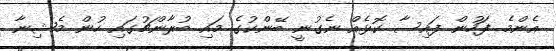
އެންމެ ފަހުން ފައިސާ ކޮޅެއް ނެގުނީ ބޭންކުގެ މައި ބުރާންޗުގައި ހުން މެޝިނާ